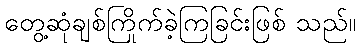
တွေ့ဆုံချစ်ကြိုက်ခဲ့ကြခြင်းဖြစ် သည်။